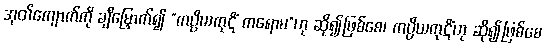
အုတ်ကျောက်ကို ချီမြှောက်၍ “ကပ္ပိယကုဋိံ ကရောမ”ဟု ဆို၍ဖြစ်စေ၊ ကပ္ပိယကုဋိံဟု ဆို၍ဖြစ်စေ